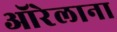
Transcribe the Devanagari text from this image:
ऑरेलाना